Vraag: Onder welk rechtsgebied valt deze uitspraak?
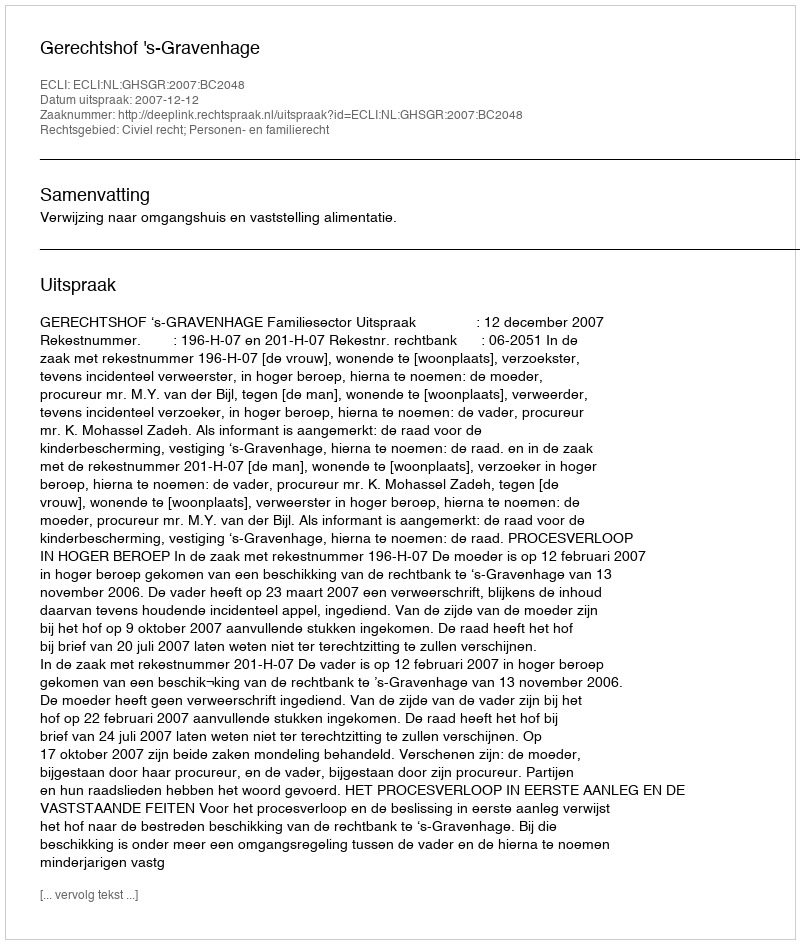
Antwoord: Civiel recht; Personen- en familierecht